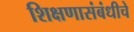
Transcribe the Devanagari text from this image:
शिक्षणासंबंधीचे